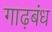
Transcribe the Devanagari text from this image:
गाढ़बंध